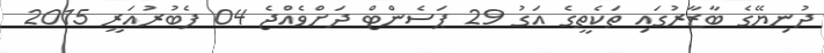
ދުނިޔޭގެ ބާޒާރުގައި ތަކެތީގެ އަގު 29 ޕަަސެންޓް ދަށްވެއްޖެ 04 ފެބުރުއަރީ 2015